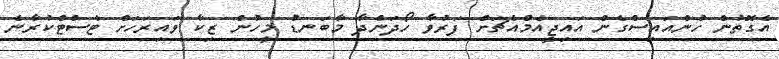
އެގޮތުން ހުންއައިސްގެން އައިޖީއެމްއެޗަށް ފަރުވާ ހޯދަންދާ މާބަނޑު މީހުން ޒިކާ ވައިރަހަށް ޓެސްޓްކުރާނެ